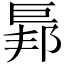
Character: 𢀥